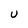
Character: U